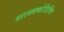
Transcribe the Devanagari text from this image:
शास्त्रकोटिभिः